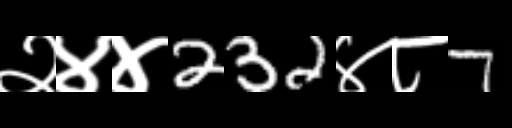
Text: २४४232४८7